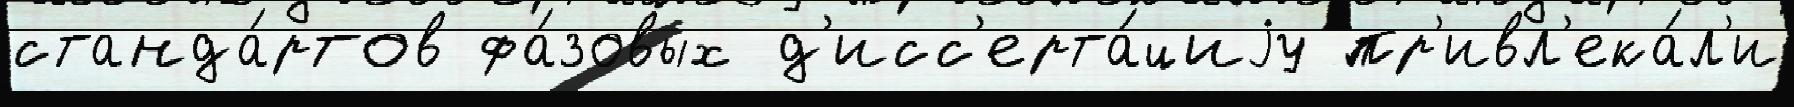
станда́ртов фа́зовых д'исс'ерта́циjу пр'ивл'ека́л'и